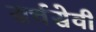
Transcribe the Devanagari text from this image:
सर्चसेवी